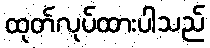
ထုတ်လုပ်ထားပါသည်